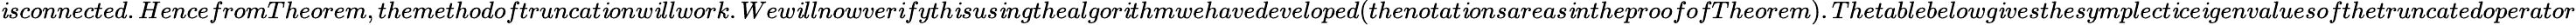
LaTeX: \mathit{i}sconnected.HencefromTheorem,themethodoftruncat\mathit{i}onw\mathit{i}llwork.Wew\mathit{i}llnowver\mathit{i}fyth\mathit{i}sus\mathit{i}ngthealgor\mathit{i}thmwehavedeveloped(thenotat\mathit{i}onsareas\mathit{i}ntheproofofTheorem).Thetablebelowg\mathit{i}vesthesymplect\mathit{i}ce\mathit{i}genvaluesofthetruncatedoperator